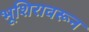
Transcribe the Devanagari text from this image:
भूशिरावरून